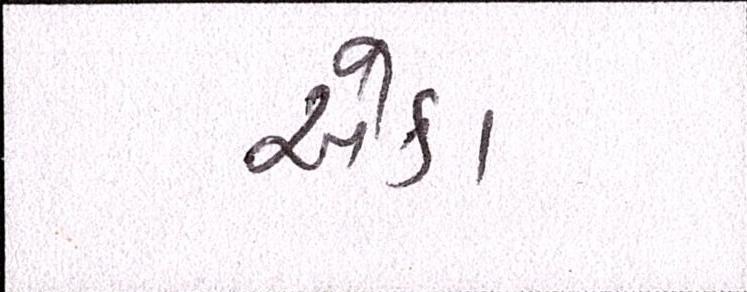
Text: એકા